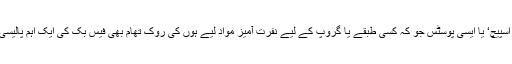
’ہیٹ اسپیچ‘ یا ایسی پوسٹس جو کہ کسی طبقے یا گروپ کے لیے نفرت آمیز مواد لیے ہوں کی روک تھام بھی فیس بک کی ایک اہم پالیسی ہے۔